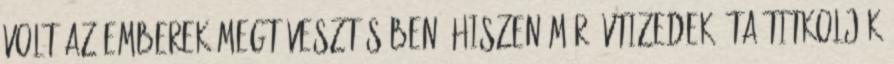
volt az emberek megtévesztésében, hiszen már évtizedek óta titkolják